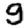
Digit: 9